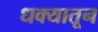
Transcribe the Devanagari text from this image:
धक्यातून